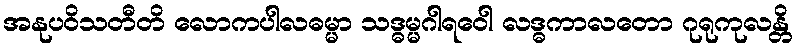
အနုပဝိသတီတိ လောကပါလဓမ္မာ သဒ္ဓမ္မဂါရဝေါ လဒ္ဓကာလတော ဂုရုကုလန္တိ